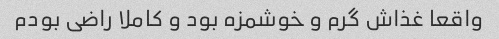
واقعا غذاش گرم و خوشمزه بود و کاملا راضی بودم